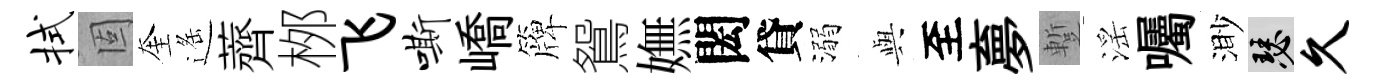
拭固奎遥薺桞飞嘶嶠簰鴛嫵閎貸溺𫤰至夣蹔滛囑渺瑟久